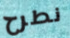
نطرح